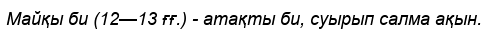
Майқы би (12—13 ғғ.) - атақты би, суырып салма ақын.